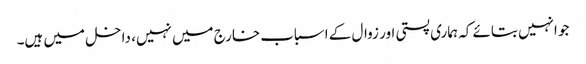
جو انہیں بتائے کہ ہماری پستی اور زوال کے اسباب خارج میں نہیں، داخل میں ہیں۔